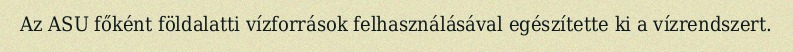
Az ASU főként földalatti vízforrások felhasználásával egészítette ki a vízrendszert.